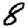
Digit: 8